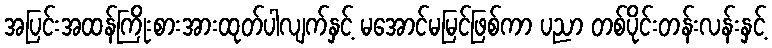
အပြင်းအထန်ကြိုးစားအားထုတ်ပါလျက်နှင့် မအောင်မမြင်ဖြစ်ကာ ပညာ တစ်ပိုင်းတန်းလန်းနှင့်